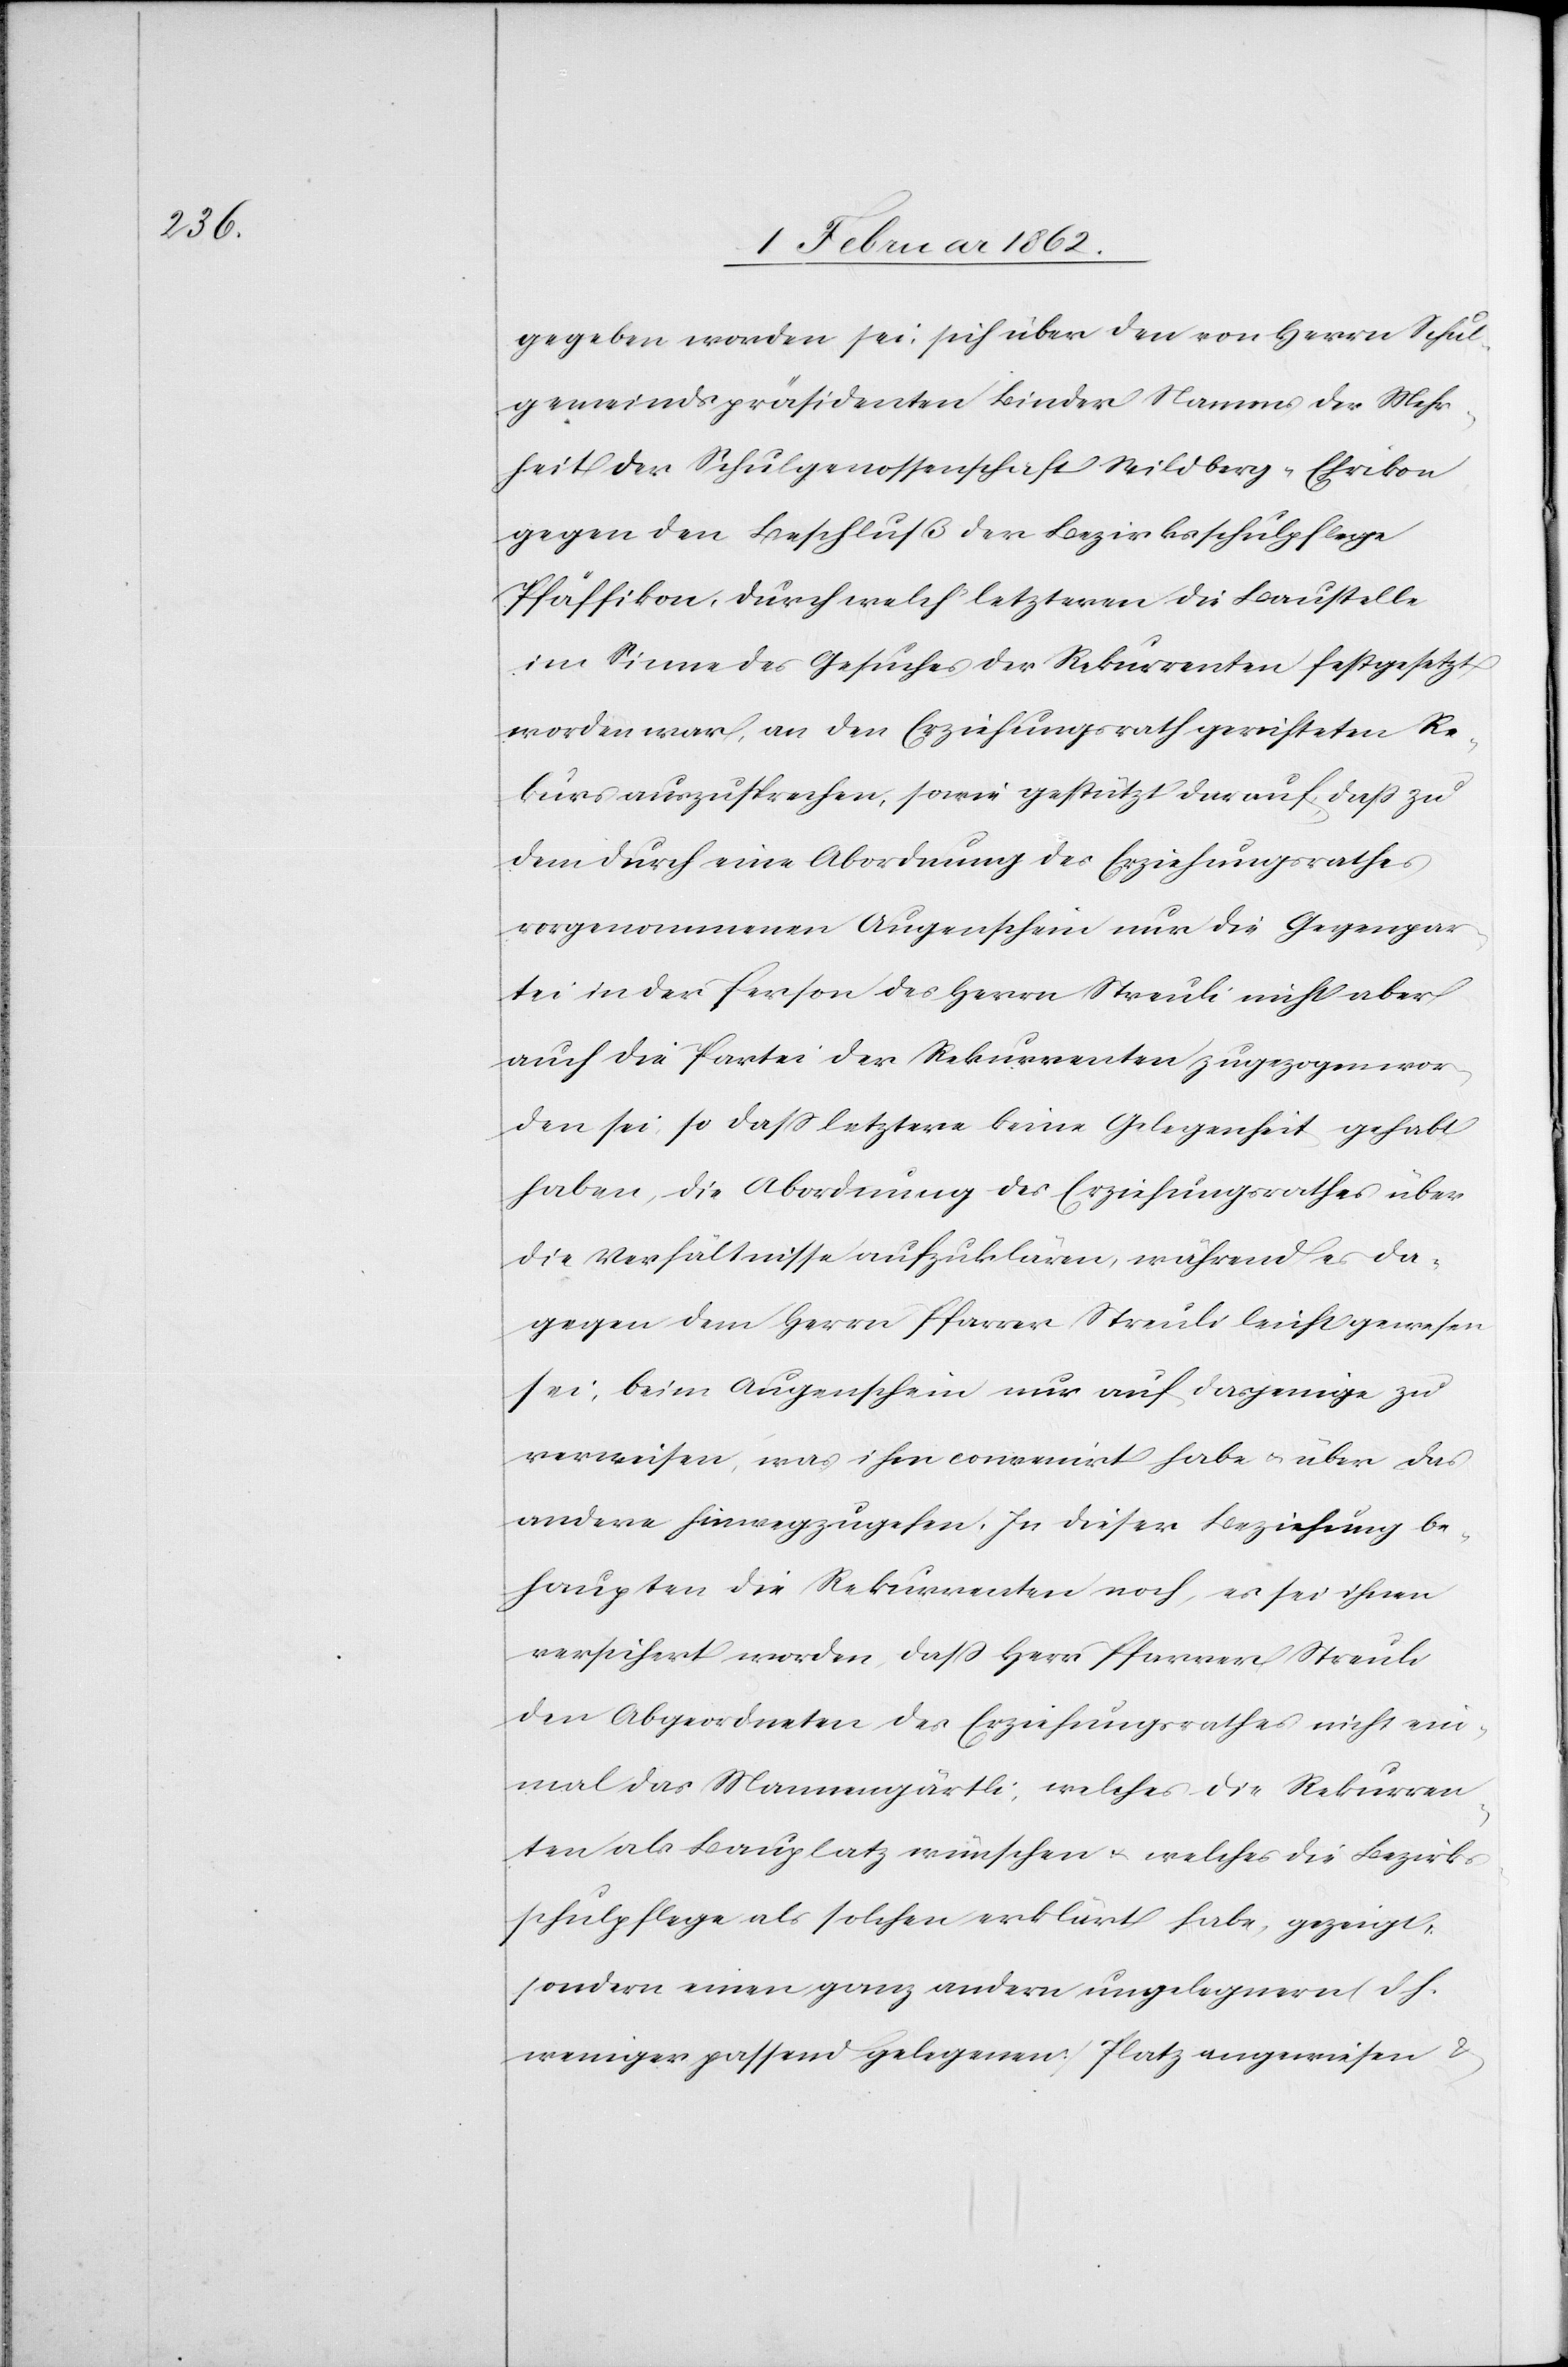
gegeben worden sei, sich über den von Herrn Schul¬
gemeindspräsidenten Binder Namens der Mehr¬
heit der Schulgenossenschaft Wildberg-Ehrikon
gegen den Beschluß der Bezirksschulpflege
Pfäffikon, durch welch’ letzteren die Baustelle
im Sinne des Gesuches der Rekurrenten festgesetzt
worden war, an den Erziehungsrath gerichteten Re¬
kurs auszusprechen, sowie gestützt darauf, daß zu
dem durch eine Abordnung des Erziehungsrathes
vorgenommenen Augenschein nur die Gegenpar¬
tei in der Person des Herrn Streuli nicht aber
auch die Partei der Rekurrenten zugezogen wor¬
den sei, so daß letztere keine Gelegenheit gehabt
haben, die Abordnung des Erziehungsrathes über
die Verhältnisse aufzuklären, während es da¬
gegen dem Herrn Pfarrer Streuli leicht gewesen
sei, beim Augenschein nur auf dasjenige zu
verweisen, was ihm convenirt habe u. über das
andere hinwegzugehen. In dieser Beziehung be¬
haupten die Rekurrenten noch, es sei ihnen
versichert worden, daß Herr Pfarrer Streuli
den Abgeordneten des Erziehungsrathes nicht ein¬
mal das Mannengärtli, welches die Rekurren¬
ten als Bauplatz wünschen u. welches die Bezirk¬
sschulpflege als solchen erklärt habe, gezeigt,
sondern einen ganz andern ungelegnern (dh.
weniger passen gelegenen) Platz angewiesen &